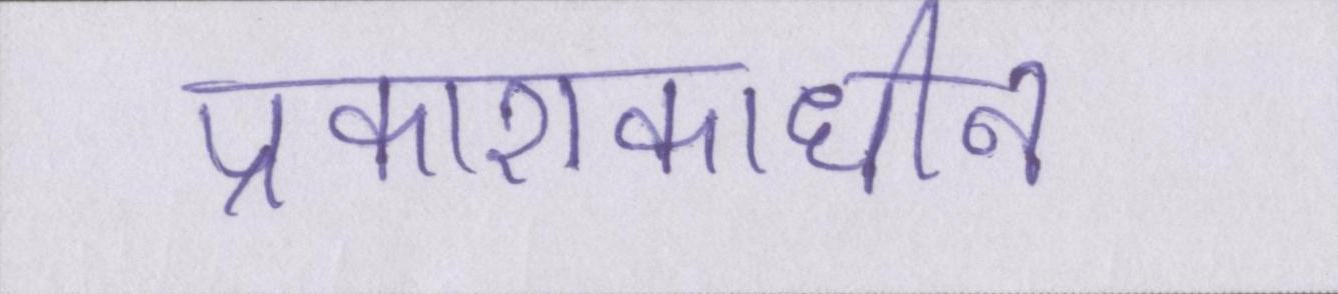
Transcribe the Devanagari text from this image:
प्रकाशकाधीन